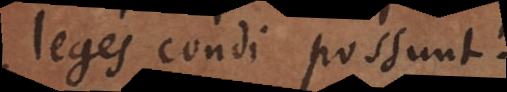
leges condi possunt.